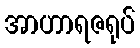
အာဟာရဇရုပ်